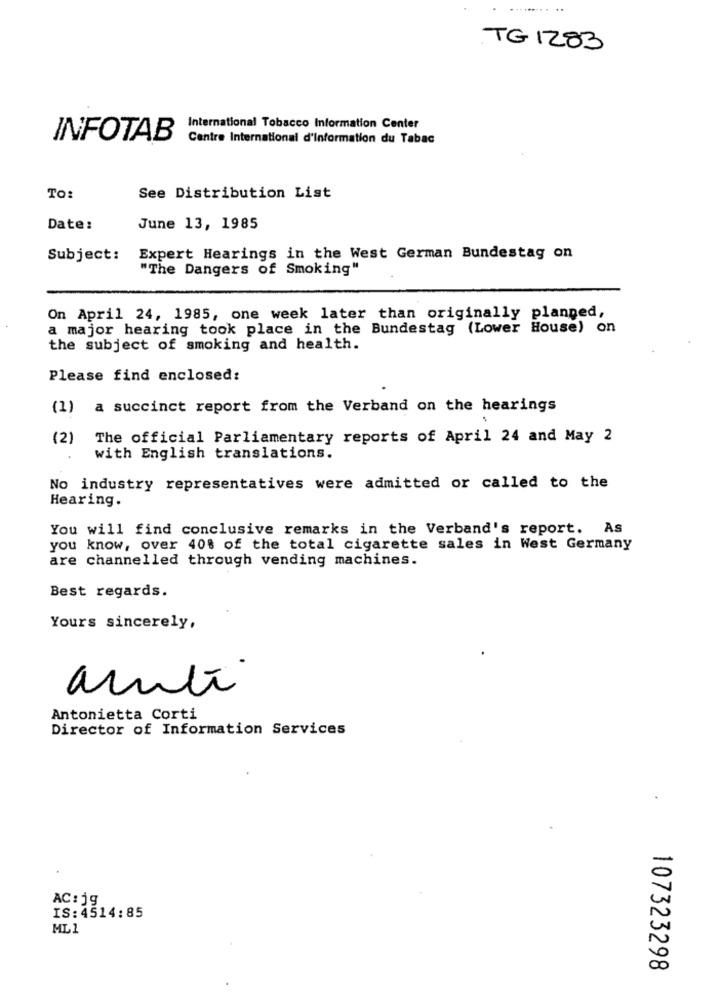
TG 1283
International Tobacco Information Center
INFOTAB
Centre International d'information du Tabac
TO:
See Distribution List
Date:
June 13, 1985
Subject:
Expert Hearings in the West German Bundestag on
"The Dangers of Smoking"
On April 24, 1985, one week later than originally planned,
a major hearing took place in the Bundestag (Lower House) on
the subject of smoking and health.
Please find enclosed:
(1)
a succinct report from the Verband on the hearings
(2)
The official Parliamentary reports of April 24 and May 2
with English translations.
No industry representatives were admitted or called to the
Hearing.
You will find conclusive remarks in the Verband's report. As
you know, over 40% of the total cigarette sales in West Germany
are channelled through vending machines.
Best regards.
Yours sincerely,
arnte
Antonietta Corti
Director of Information Services
AC: jg
IS:4514:85
ML1
107323298